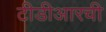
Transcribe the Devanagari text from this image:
टीडीआरची